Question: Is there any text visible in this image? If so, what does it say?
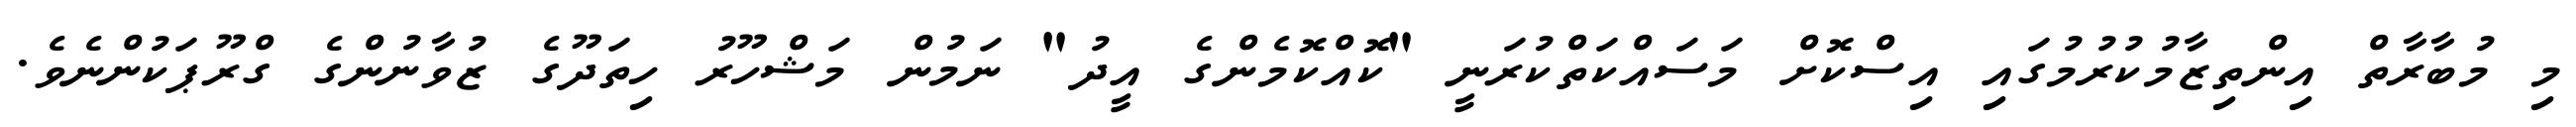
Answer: މި މުބާރާތް އިންތިޒާމުކުރުމުގައި އިސްކޮށް މަސައްކަތްކުރަނީ "ކޮއްކޮމެންގެ އީދު" ނަމުން މަޝްހޫރު ހިތަދޫގެ ޒުވާނުންގެ ގްރޫޕަކުންނެވެ.